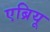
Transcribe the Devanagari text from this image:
एब्रियू